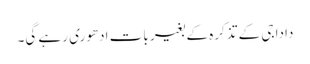
دادا جی کے تذکرہ کے بغیر بات ادھوری رہے گی۔